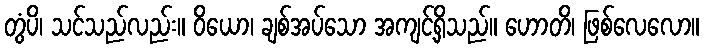
တွံပိ၊ သင်သည်လည်း။ ဝိယော၊ ချစ်အပ်သော အကျင့်ရှိသည်။ ဟောတိ၊ ဖြစ်လေလော။